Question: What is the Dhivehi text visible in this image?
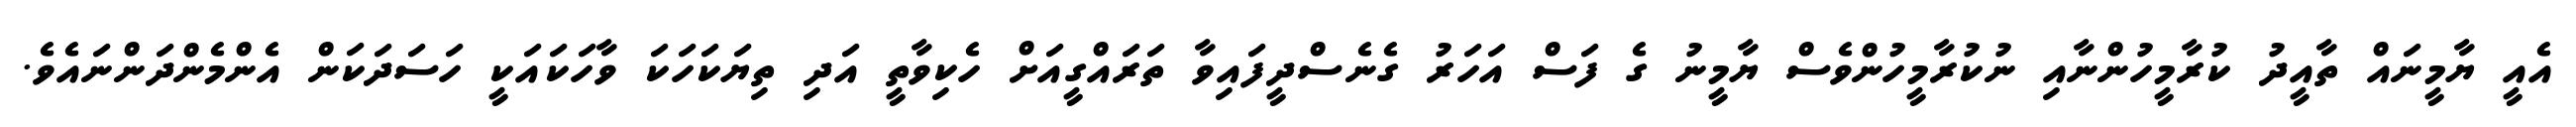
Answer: އެއީ ޔާމީނައް ތާއީދު ކުރާމީހުންނާއި ނުކުރާމީހުންވެސް ޔާމީނު ގެ ފަސް އަހަރު ގެނެސްދީފައިވާ ތަރައްގީއަށް ހެކިވާތީ އަދި ތިޔަކަހަކަ ވާހަކައަކީ ހަސަދަކަން އެންމެންދަންނައެވެ.